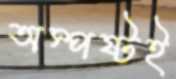
অস্পষ্টই